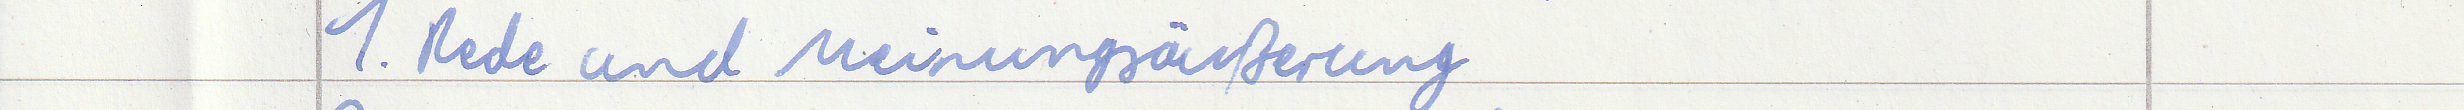
1. Rede und Meinungsäußerung